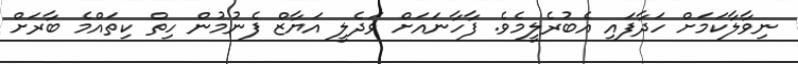
ނިވާލާކަމަށް ހަދާފައި އެބުރެލީމެވެ. ފާހާނައަށް ވަދެލީ އަޔާޒް ފެނުމުން ހިތް ކިތައްމެ ބާރަށް